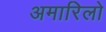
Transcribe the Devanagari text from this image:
अमारिलो